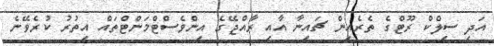
އަދި ސިލްކް ރޫޓްގެ ތެރެއިން ޗައިނާ އާއި ރާއްޖޭގެ އިންވެސްޓްމަންޓްތައް އިތުރު ކުރެވޭނެ